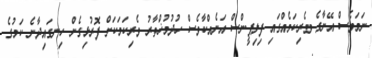
ނަމަވެސް އޭނާގެ ވެރިކަމެއްގައި ފިލިޕީންސް އަނެއްކާވެސް ހުދުމުޚްތާރު ވެރިކަމަކަށް ފޮރުޅިގެން ހިނގައިދާނެ ކަމުގެ